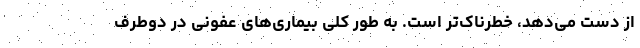
از دست می‌دهد، خطرناک‌تر است. به طور کلی بیماری‌های عفونی در دوطرف